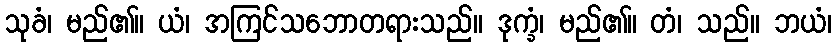
သုခံ၊ မည်၏။ ယံ၊ အကြင်သဘောတရားသည်။ ဒုက္ခံ၊ မည်၏။ တံ၊ သည်။ ဘယံ၊